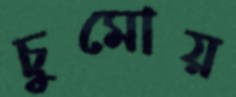
চুমোয়